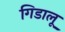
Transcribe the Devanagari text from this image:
गिडालू